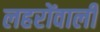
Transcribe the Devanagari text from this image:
लहरोंवाली